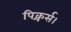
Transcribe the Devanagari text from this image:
पिक्चर्स।